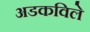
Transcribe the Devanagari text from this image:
अडकविले